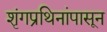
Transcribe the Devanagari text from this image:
शृंगप्रथिनांपासून